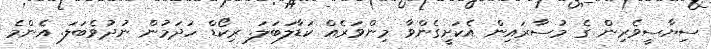
ސިޔާސީވެރިން ގެ މުސާރައިން އެކަށީގެންވާ މިންވަރެއް ކަޑާލަބަލަ. ރިކޯޑް ހަދަމުން ނުދުވެބަލަ. އެންމެ